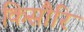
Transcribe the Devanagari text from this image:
किसौरि